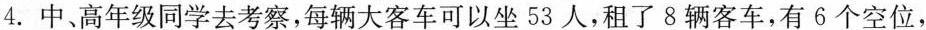
4.中、高年级同学去考察，每辆大客车可以坐53人，租了8辆客车，有6个空位，